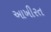
આખીરત